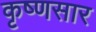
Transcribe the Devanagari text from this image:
कृष्णसार